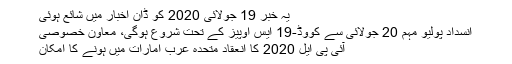
یہ خبر 19 جولائی 2020 کو ڈان اخبار میں شائع ہوئی
انسداد پولیو مہم 20 جولائی سے کووڈ-19 ایس اوپیز کے تحت شروع ہوگی، معاون خصوصی
آئی پی ایل 2020 کا انعقاد متحدہ عرب امارات میں ہونے کا امکان